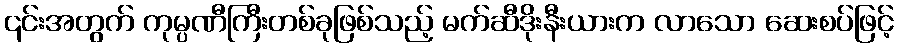
၎င်းအတွက် ကုမ္ပဏီကြီးတစ်ခုဖြစ်သည့် မက်ဆီဒိုးနီးယားက လာသော ဆေးစပ်ဖြင့်